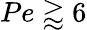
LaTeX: Pe\gtrapprox 6